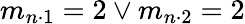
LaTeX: m_{n\cdot 1}=2\lor m_{n\cdot 2}=2